Vaccination in Bombay 1924-1928 - 1924-1928
Year: 1924
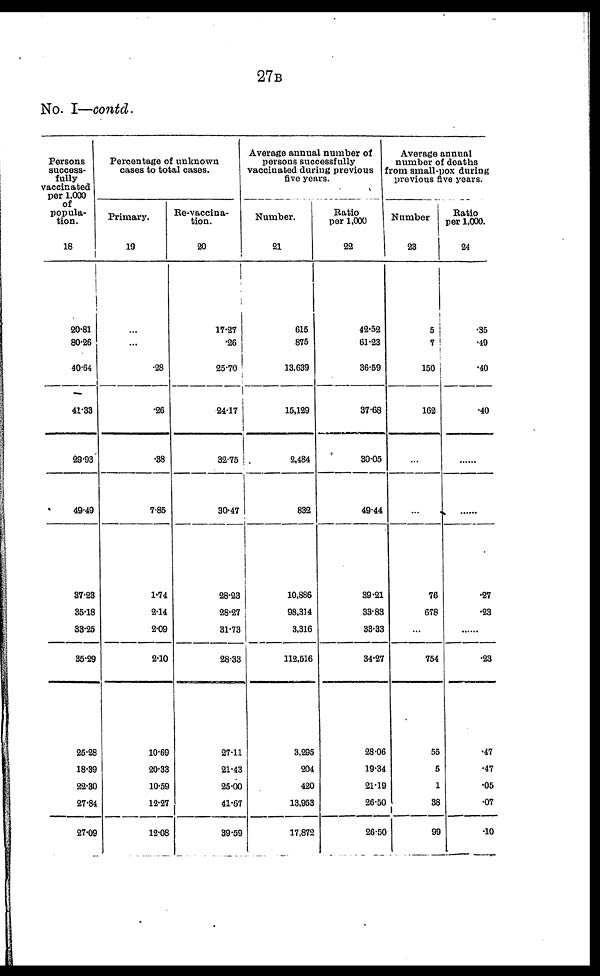
27B
No. I—contd.
Persons
success-
fully
vaccinated
per 1,000
of
popula-
tion.
18
20.81
80.26
40.64
41.33
29.93
49.49
37.23
35.18
33.25
85.29
25.28
18.39
22.30
27.84
27.09
Percentage of unknown
cases to total cases.
Primary.
19
...
...
.28
.26
.38
7.85
1.74
2.14
2.09
2.10
10.69
20.33
10.59
12.27
12.08
Re-vaccina-
tion.
20
17.27
.26
25.70
24.17
32.75
30.47
28.23
28.27
31.73
28.33
27.11
21.43
25.00
41.67
39.59
Average annual number of
persons successfully
vaccinated during previous
five years.
Number.
21
615
875
13,639
15,129
2,484
832
10,886
98,314
3,316
112,516
3,295
204
420
13,953
17,872
Ratio
per 1,000
22
42.52
61.23
36.59
37.68
30.05
49.44
39.21
33.83
33.33
34.27
28.06
19.34
21.19
26.50
26.50
Average annual
number of deaths
from small-pox during
previous five years.
Number
23
5
7
150
162
...
...
76
678
...
754
55
5
1
38
99
Ratio
per 1,000.
24
.35
.49
.40
.40
...
...
.27
.23
...
.23
.47
.47
.05
.07
.10